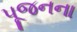
પૂજનના